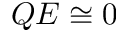
Q E \cong 0